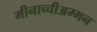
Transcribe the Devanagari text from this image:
मीनाच्चीअम्मन